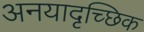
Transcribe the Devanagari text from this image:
अनयादृच्छिक